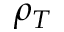
\rho _ { T }